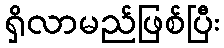
ရှိလာမည်ဖြစ်ပြီး